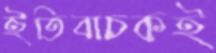
ইতিবাচকই